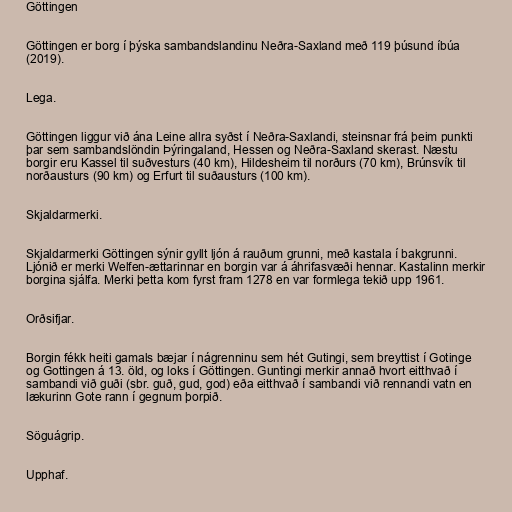
Göttingen

Göttingen er borg í þýska sambandslandinu Neðra-Saxland með 119 þúsund íbúa
(2019).

Lega.

Göttingen liggur við ána Leine allra syðst í Neðra-Saxlandi, steinsnar frá þeim punkti
þar sem sambandslöndin Þýringaland, Hessen og Neðra-Saxland skerast. Næstu
borgir eru Kassel til suðvesturs (40 km), Hildesheim til norðurs (70 km), Brúnsvík til
norðausturs (90 km) og Erfurt til suðausturs (100 km).

Skjaldarmerki.

Skjaldarmerki Göttingen sýnir gyllt ljón á rauðum grunni, með kastala í bakgrunni.
Ljónið er merki Welfen-ættarinnar en borgin var á áhrifasvæði hennar. Kastalinn merkir
borgina sjálfa. Merki þetta kom fyrst fram 1278 en var formlega tekið upp 1961.

Orðsifjar.

Borgin fékk heiti gamals bæjar í nágrenninu sem hét Gutingi, sem breyttist í Gotinge
og Gottingen á 13. öld, og loks í Göttingen. Guntingi merkir annað hvort eitthvað í
sambandi við guði (sbr. guð, gud, god) eða eitthvað í sambandi við rennandi vatn en
lækurinn Gote rann í gegnum þorpið.

Söguágrip.

Upphaf.